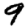
Digit: 9